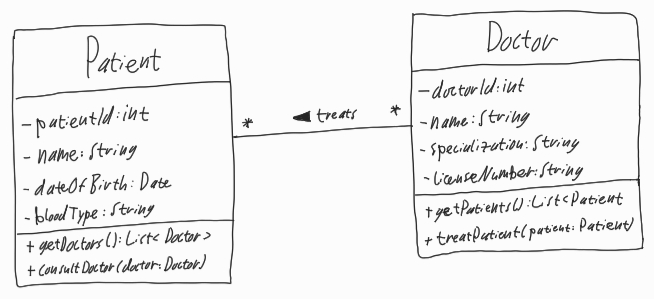
Diagram type: class_diagram
```plantuml
@startuml

left to right direction

class Patient {
  - patientId: int
  - name: String
  - dateOfBirth: Date
  - bloodType: String
  + getDoctors(): List<Doctor>
  + consultDoctor(doctor: Doctor)
}

class Doctor {
  - doctorId: int
  - name: String
  - specialization: String
  - licenseNumber: String
  + getPatient(): List<Patient>
  + treatPatient(patient: Patient)
}

Patient "*" -- "*" Doctor : treats <

@enduml
```